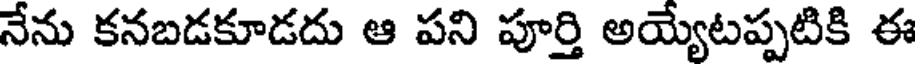
నేను కనబడకూడదు ఆ పని పూర్తి అయ్యేటప్పటికి ఈ